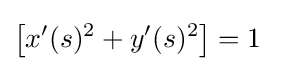
\left[x'(s)^{2}+y'(s)^{2}\right]=1\